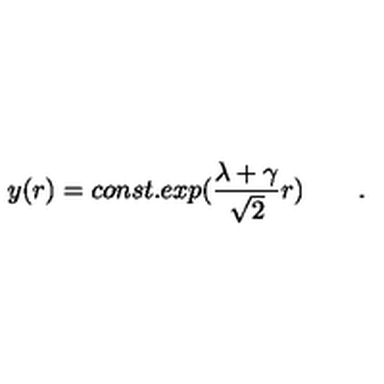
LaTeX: y ( r ) = c o n s t . e x p ( { \frac { \lambda + \gamma } { \sqrt 2 } } r ) \qquad .